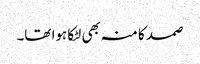
صمد کا منہ بھی لٹکا ہوا تھا۔